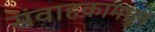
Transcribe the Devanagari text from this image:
संवाहकामधून